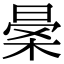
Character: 𣈎